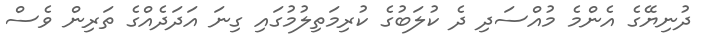
ދުނިޔޭގެ އެންމެ މުއްސަދި ދެ ކުލަބުގެ ކުރިމަތިލުމުގައި ގިނަ އަދަދެއްގެ ތަރިން ވެސް